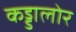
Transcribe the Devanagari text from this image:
कड्डालोर